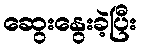
ဆွေးနွေးခဲ့ပြီး